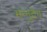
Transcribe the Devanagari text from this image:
मन्नुदेव